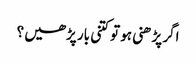
اگر پڑھنی ہو تو کتنی بار پڑھیں ؟